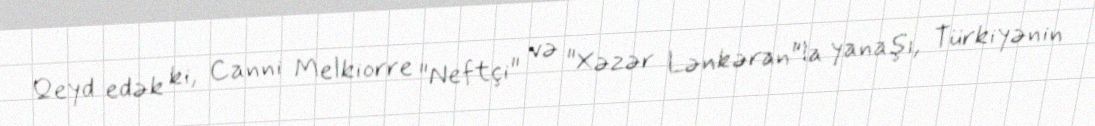
Qeyd edək ki, Canni Melkiorre "Neftçi" və "Xəzər Lənkəran"la yanaşı, Türkiyənin